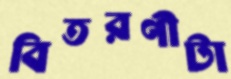
বিতরণীটা